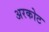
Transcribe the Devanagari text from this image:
अरकोट